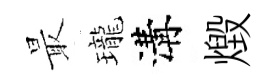
最瓏溝燬